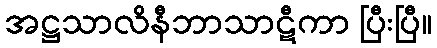
အဋ္ဌသာလိနီဘာသာဋီကာ ပြီးပြီ။